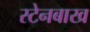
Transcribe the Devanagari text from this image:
स्टेनबाख